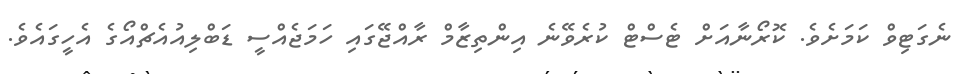
ނެގަޓިވް ކަމަށެވެ. ކޮރޯނާއަށް ޓެސްޓް ކުރެވޭނެ އިންތިޒާމް ރާއްޖޭގައި ހަމަޖެއްސީ ޑަބްލިއުއެޗްއޯގެ އެހީގައެވެ.